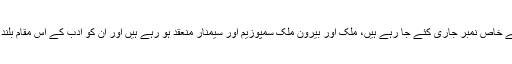
ان کی مختلف جہتیں اور نئی معنویتیں تلاش کرنے کے لئے رسائل و جرائد کے خاص نمبر جاری کئے جا رہے ہیں، ملک اور بیرون ملک سمپوزیم اور سیمنار منعقد ہو رہے ہیں اور ان کو ادب کے اس مقام بلند پر فائز کرنے کی کوشش کی جا رہی ہے جس کے وہ قطعی مستحق نہیں ہیں۔